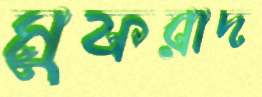
মুফরাদ